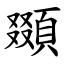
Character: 䫎